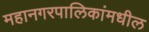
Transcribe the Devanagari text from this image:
महानगरपालिकांमधील